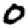
Digit: 0